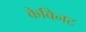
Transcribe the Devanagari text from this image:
केबिनट